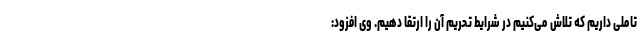
تاملی داریم که تلاش می‌کنیم در شرایط تحریم آن را ارتقا دهیم. وی افزود: